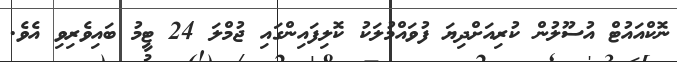
ނޮކްއައުޓް އުސޫލުން ކުރިއަށްދިޔަ ފުވައްމުލަކު ކޮލިފައިންގައި ޖުމްލަ 24 ޓީމު ބައިވެރިވި އެވެ.